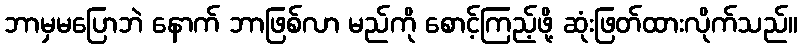
ဘာမှမပြောဘဲ နောက် ဘာဖြစ်လာ မည်ကို စောင့်ကြည့်ဖို့ ဆုံးဖြတ်ထားလိုက်သည်။